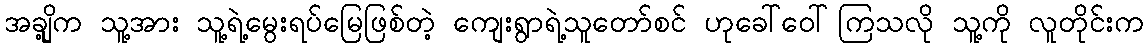
အချို့က သူ့အား သူ့ရဲ့မွေးရပ်မြေဖြစ်တဲ့ ကျေးရွာရဲ့သူတော်စင် ဟုခေါ်ဝေါ်ကြသလို သူ့ကို လူတိုင်းက